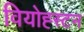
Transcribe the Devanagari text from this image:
वियोह्स्टन